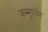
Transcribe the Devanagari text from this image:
जम्मूपर्यंत